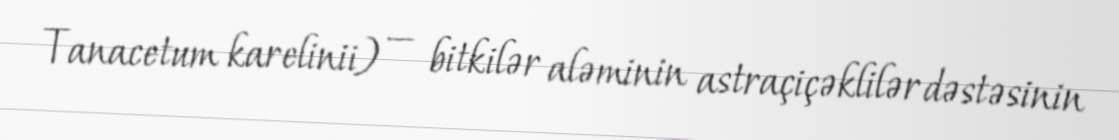
Tanacetum karelinii) — bitkilər aləminin astraçiçəklilər dəstəsinin